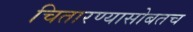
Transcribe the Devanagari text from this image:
चितारण्यासोबतच